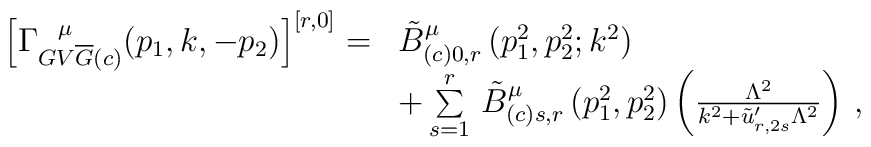
\begin{array}{rl}\left[ \Gamma^{\hspace{0.25cm}\mu}_{GV{\overline{G}}(c)} (p_{1}, k,-p_{2})\right]^{[r,0]} = & \tilde{B}^{\mu}_{(c)0,r} \left(p^{2}_{1},p^{2}_{2};k^{2}\right)\\\mbox{} & + \sum \limits^{r}_{s=1} \, \tilde{B}^{\mu}_{(c)s,r}\left(p^{2}_{1}, p^{2}_{2}\right) \left( \frac{\Lambda^{2}}{k^{2} +\tilde{u}'_{r,2s} \Lambda^{2}} \right) \, ,\end{array}